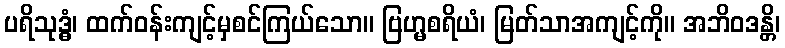
ပရိသုဒ္ဓံ၊ ထက်ဝန်းကျင့်မှစင်ကြယ်သော။ ဗြဟ္မစရိယံ၊ မြတ်သာအကျင့်ကို။ အဘိဝဒန္တိ၊